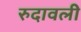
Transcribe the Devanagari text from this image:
रुदावली